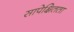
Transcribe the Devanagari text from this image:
सापेक्षितता